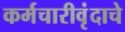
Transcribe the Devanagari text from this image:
कर्मचारीवृंदाचे